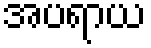
အပရာယ